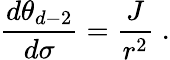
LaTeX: \frac{d\theta_{d-2}}{d\sigma}=\frac{J}{r^{2}}\; .